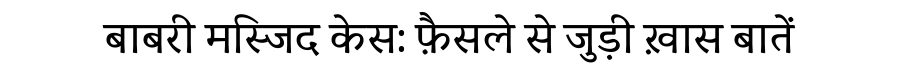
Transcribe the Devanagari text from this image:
बाबरी मस्जिद केस: फ़ैसले से जुड़ी ख़ास बातें